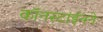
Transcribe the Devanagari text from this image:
कॉनस्टांईनने